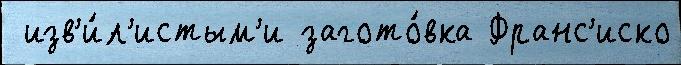
 изв'и́л'истым'и загото́вка Франс'иско